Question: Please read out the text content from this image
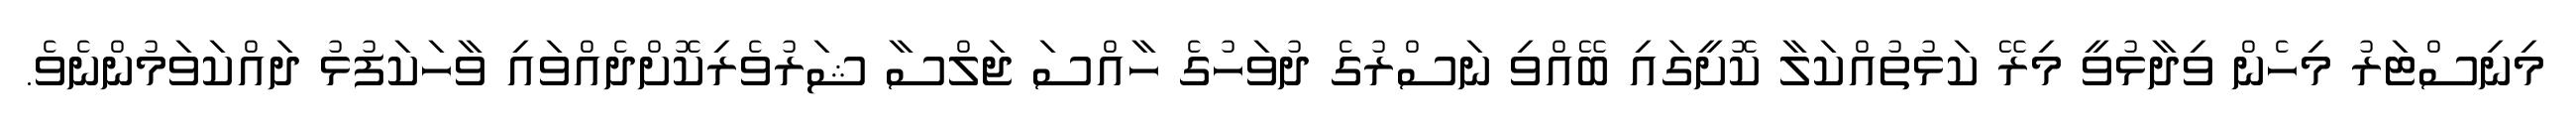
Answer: މިނިސްޓަރު މިހެން ވިދާޅުވީ މިރޭ ކަޅުތުއްކަލާ ކޮށީގައި ބޭއްވި ނަސްރުގެ ދުވަހުގެ ހާއްސަ ޖަލްސާ ޝަރުވެރިކޮށްދެއްވައި ވާހަކަފުޅު ދައްކަވަމުންނެވެ.